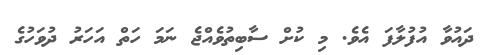
ދައުވާ އުފުލާފަ އެވެ. މި ކުށް ސާބިތުވެއްޖެ ނަމަ ހަތް އަހަރު ދުވަހުގެ